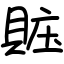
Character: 賘